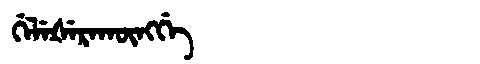
Manchu: ᡤᡝᠯᡝᡧᡝᡵᠠᡴᡡᠩᡤᡝ
Romanization: GELEŠERAKŪNGGE